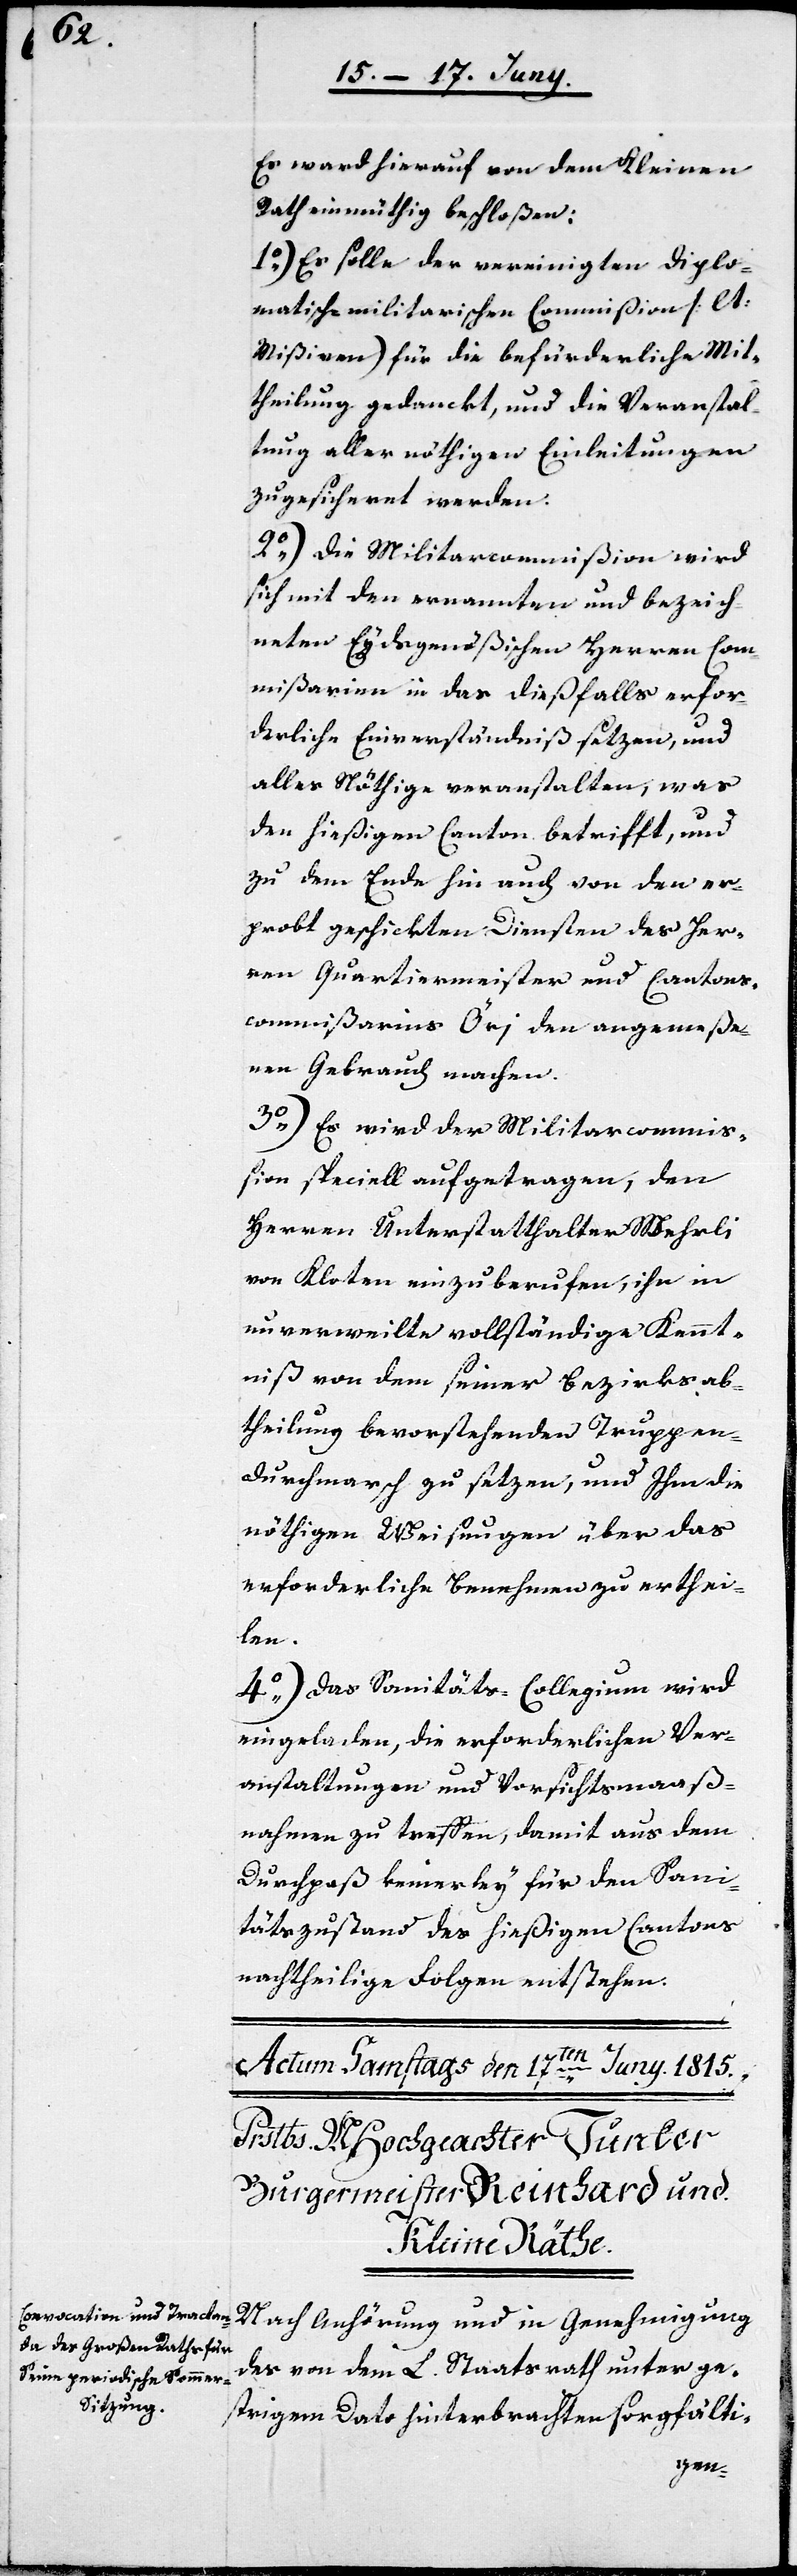
Es ward hierauf von dem Kleinen
Rath einmüthig beschloßen:
1o) Es solle der vereinigten Diplo¬
matisch-Militarischen Commißion (lt.
Mißiven) für die befürderliche Mit¬
theilung gedanckt, und die Veranstal¬
tung aller nöthigen Einleitungen
zugesicheret werden.
2o) Die Militarcommißion wird
sich mit den ernannten und bezeich¬
neten Eydsgenößischen Herren Com¬
mißarien in das dießfalls erfor¬
derliche Einverständniß setzen, und
alles Nöthige veranstalten, was
den hießigen Canton betrifft, und
zu dem Ende hin auch von den er¬
probt geschickten Diensten des Her¬
ren Quartiermeister und Cantons¬
commißarius Öri den angemeße¬
nen Gebrauch machen.
3o) Es wird der Militarcommiß¬
ion speciell aufgetragen, den
Herren Unterstatthalter Wehrli
von Kloten einzuberufen, ihn in
unverweilte vollständige Kennt¬
niß von dem seiner Bezirksab¬
theilung bevorstehenden Truppen¬
durchmarsch zu setzen, und Ihm die
nöthigen Weisungen über das
erforderliche Benehmen zu erthei¬
len.
4o) Das Sanitäts-Collegium wird
eingeladen, die erforderlichen Ver¬
anstaltungen und Vorsichtsmaaß¬
nahmen zu treffen damit aus dem
Durchpaß keinerley für den Sani¬
tätszutand des hießigen Cantons
nachtheilige Folgen entstehen.
Nach Anhörung und in Genehmigung
des vom dem L. Staatsrath unter ge¬
strigem Dato hinterbrachten sorgfälti-